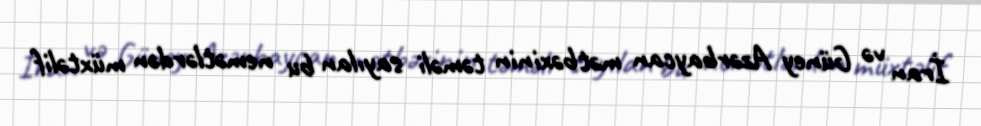
İran və Güney Azərbaycan mətbəxinin təməli sayılan bu nemətlərdən müxtəlif